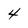
Character: 4